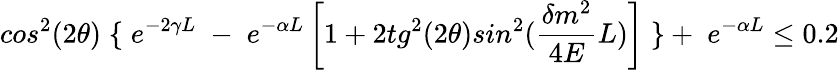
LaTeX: cos^{2}(2\theta)\; \{ \; e^{-2\gamma L}\; -\; e^{-\alpha L}\left[1+2tg^{2}(2\theta)sin^{2}(\frac{\delta m^{2}}{4E}L)\right]\; \} +\; e^{-\alpha L}\leq 0.2